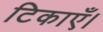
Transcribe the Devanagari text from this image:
टिकाएँ।